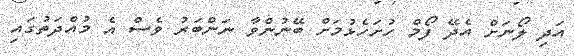
އަދި ލޯނަށް އެދޭ ފޯމް ހުށަހެޅުމަށް ބޭނުންވާ ނަންބަރު ވެސް އެ މުއްދަތުގައި